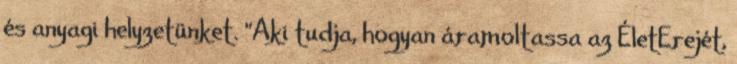
és anyagi helyzetünket. "Aki tudja, hogyan áramoltassa az ÉletErejét,